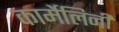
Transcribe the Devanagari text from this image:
कार्मेलिनी